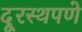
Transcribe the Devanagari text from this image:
दूरस्थपणे